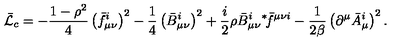
\bar { \cal L } _ { c } = - \frac { 1 - \rho ^ { 2 } } 4 \left( \bar { f } _ { \mu \nu } ^ { i } \right) ^ { 2 } - \frac 1 4 \left( \bar { B } _ { \mu \nu } ^ { i } \right) ^ { 2 } + \frac i 2 \rho \bar { B } _ { \mu \nu } ^ { i } { } ^ { \ast } \! \bar { f } ^ { \mu \nu i } - \frac 1 { 2 \beta } \left( \partial ^ { \mu } \bar { A } _ { \mu } ^ { i } \right) ^ { 2 } .